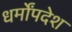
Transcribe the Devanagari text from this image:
धर्मोंपदेश